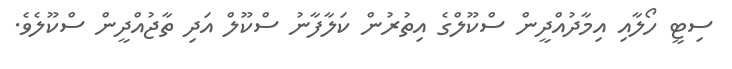
ސިޓީ ހޯލާއި އިމާދުއްދީން ސްކޫލްގެ އިތުރުން ކަލާފާނު ސްކޫލް އަދި ތާޖުއްދީން ސްކޫލެވެ.